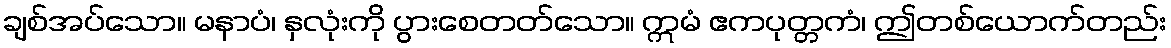
ချစ်အပ်သော။ မနာပံ၊ နှလုံးကို ပွားစေတတ်သော။ ဣမံ ဧကပုတ္တကံ၊ ဤတစ်ယောက်တည်း